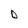
Character: D